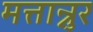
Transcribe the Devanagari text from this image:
मत्तान्नुर